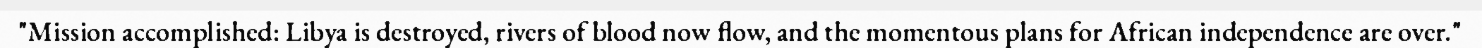
"Mission accomplished: Libya is destroyed, rivers of blood now flow, and the momentous plans for African independence are over."